Report on the working of the Ranchi Indian Mental Hospital, Kanke, in Bihar and Orissa - 1930-1940
Year: 1930
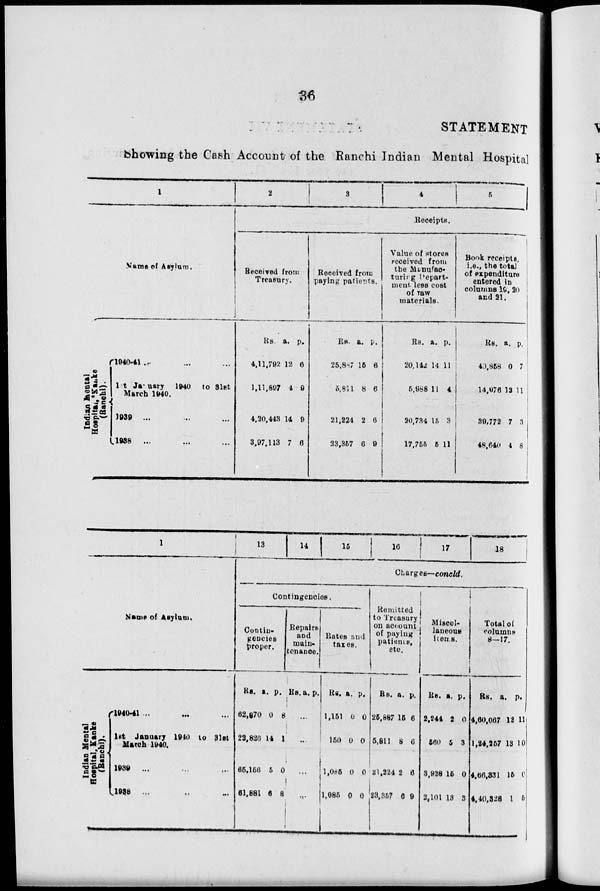
36
STATEMENT
Showing the Cash Account of the Ranchi Indian Mental Hospital
1
Name of Asylum.
Indian Mental
Hospital, "Kanke
(Ranchi).
1940-41 ... ... ...
1 st January 1940 to 31st
March 1940.
1939 ... ... ...
1938 ... ... ...
2
3
4
5
Receipts.
Received from
Treasury.
Rs.
4,11,792
1,11,897
4,20,443
3.97,113
a.
12
4
14
7
p.
6
9
9
6
Received from
paying patients.
Rs.
25,887
5,811
21,224
23,357
a.
15
8
2
6
p.
6
6
6
9
Value of stores
received from
the Manufac-
turing Pepart-
ment less cost
of raw
materials.
Rs.
20,142
5,988
20,734
17,755
a.
14
11
15
5
p.
11
4
3
11
Book receipts,
i.e., the total
of expenditure
entered in
columns 19, 20
and 21.
Rs.
40,858
14,076
39,772
48,640
a.
0
13
7
4
p.
7
11
3
8
1
Name of Asylum.
Indian Mental
Hospital, Kanke
(Ranchi).
1940-41 ... ... ...
1st January 1940 to 31st
March 1940.
1939 ... ... ...
1938 ... ... ...
13
14
15 16
17
18
Charges—concld.
Contingencies.
Contin-
gencies
proper.
Rs.
62,870
22,826
65,156
61,881
a.
0
14
5
6
p.
8
1
0
8
Repairs
and
main-
tenance.
Rs. a. p.
...
...
...
...
Rates and
taxes.
Rs.
1,151
150
1,085
1,085
a.
0
0
0
0
p.
0
0
0
0
Remitted
to Treasury
on account
of paying
patients,
etc.
Rs.
25,887
5,811
21,224
23,357
a.
15
8
2
6
p.
6
6
6
9
Miscel-
laneous
items.
Rs.
2,244
560
3,928
2,101
a.
2
5
15
13
p.
0
3
0
3
Total of
columns
8-17.
Rs.
4,60,067
1,24,257
4,66,331
4,40,328
a.
12
13
15
1
p.
11
10
0
5